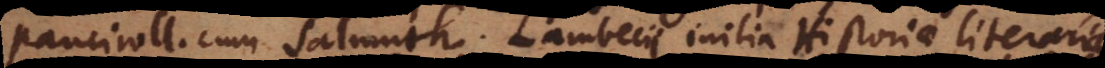
Pancirol[us] cum Salmuth. Lambecii initia Historiae literariae.